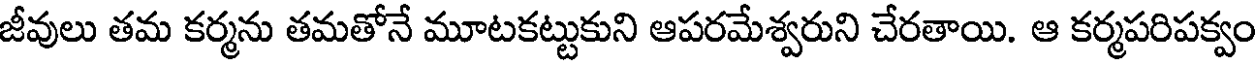
జీవులు తమ కర్మను తమతోనే మూటకట్టుకుని ఆపరమేశ్వరుని చేరతాయి. ఆ కర్మపరిపక్వం